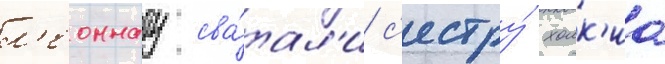
л'еоннату сва́тал'и с'естру́ холк'иа